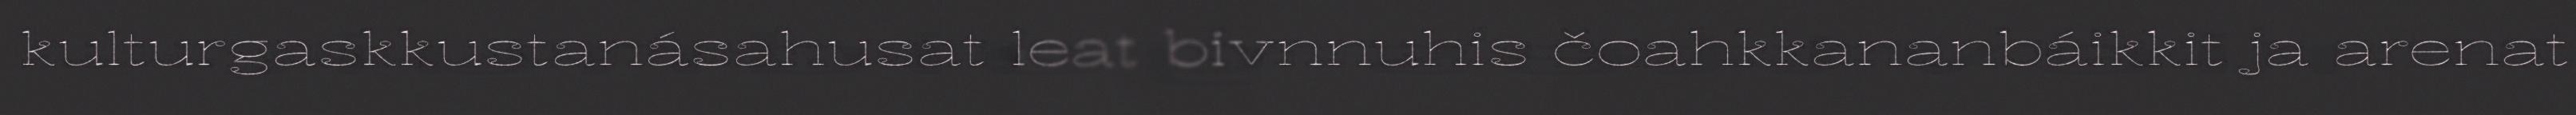
kulturgaskkustanásahusat leat bivnnuhis čoahkkananbáikkit ja arenat